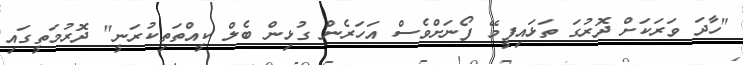
"ހާދަ ވަރަކަށް ދޮރުގަ ތަޅައިފީމޭ ފޯނަށްވެސް އަހަރެން ގުޅިން ބެލް ކީއްތަތިކުރަނީ" ދޮރުމަތީގައި